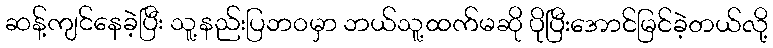
ဆန့်ကျင်နေခဲ့ပြီး သူ့နည်းပြဘဝမှာ ဘယ်သူ့ထက်မဆို ပိုပြီးအောင်မြင်ခဲ့တယ်လို့